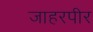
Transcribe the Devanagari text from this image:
जाहरपीर